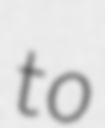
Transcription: to